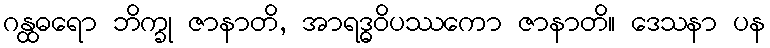
ဂန္ထဓရော ဘိက္ခု ဇာနာတိ, အာရဒ္ဓဝိပဿကော ဇာနာတိ။ ဒေသနာ ပန